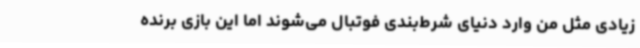
زیادی مثل من وارد دنیای شرط‌بندی فوتبال می‌شوند اما این بازی برنده